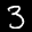
Label: 3